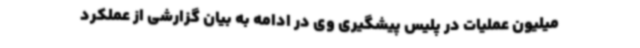
میلیون عملیات در پلیس پیشگیری وی در ادامه به بیان گزارشی از عملکرد